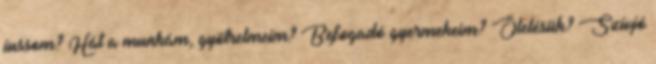
jussom? Hát a munkám, gyötrelmeim? Befogadó gyermekeim? Ölelésük? Szívjó